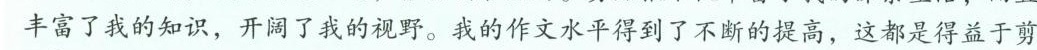
丰富了我的知识，开阔了我的视野。我的作文水平得到了不断的提高，这都是得益于剪